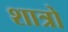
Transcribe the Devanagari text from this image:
शात्रो